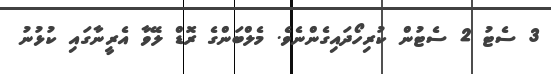
3 ސެޓު 2 ސެޓުން ކުރިހޯދައިގެންނެވެ. މެލްބަންގެ ރޮޑް ލޭވާ އެރީނާގައި ކުޅުނު